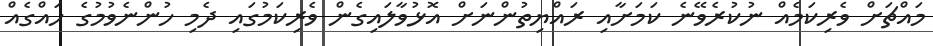
މައްޗަށް ވެރިކަމެއް ނުކުރެވޭނެ ކަމަށާއި ރައްޔިތުންނަށް އޮޅުވާލައިގެން ވެރިކަމުގައި ދެމި ހުންނެވުމުގެ ހައްގެއް